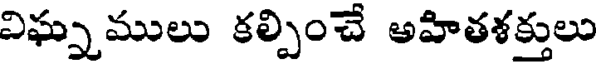
విఘ్నములు కల్పించే అహితశక్తులు